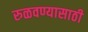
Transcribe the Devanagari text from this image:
रुळवण्यासाठी